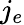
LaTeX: j_{e}